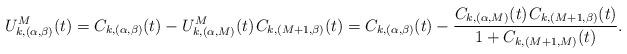
LaTeX: \begin{align*}U^M_{k,(\alpha,\beta)}(t) = C_{k,(\alpha,\beta)}(t) - U^M_{k,(\alpha,M)}(t) \kern+1pt C_{k,(M+1,\beta)}(t) = C_{k,(\alpha,\beta)}(t) - \frac{C_{k,(\alpha,M)}(t) \kern+1pt C_{k,(M+1,\beta)}(t)}{1+C_{k,(M+1,M)}(t)}.\end{align*}